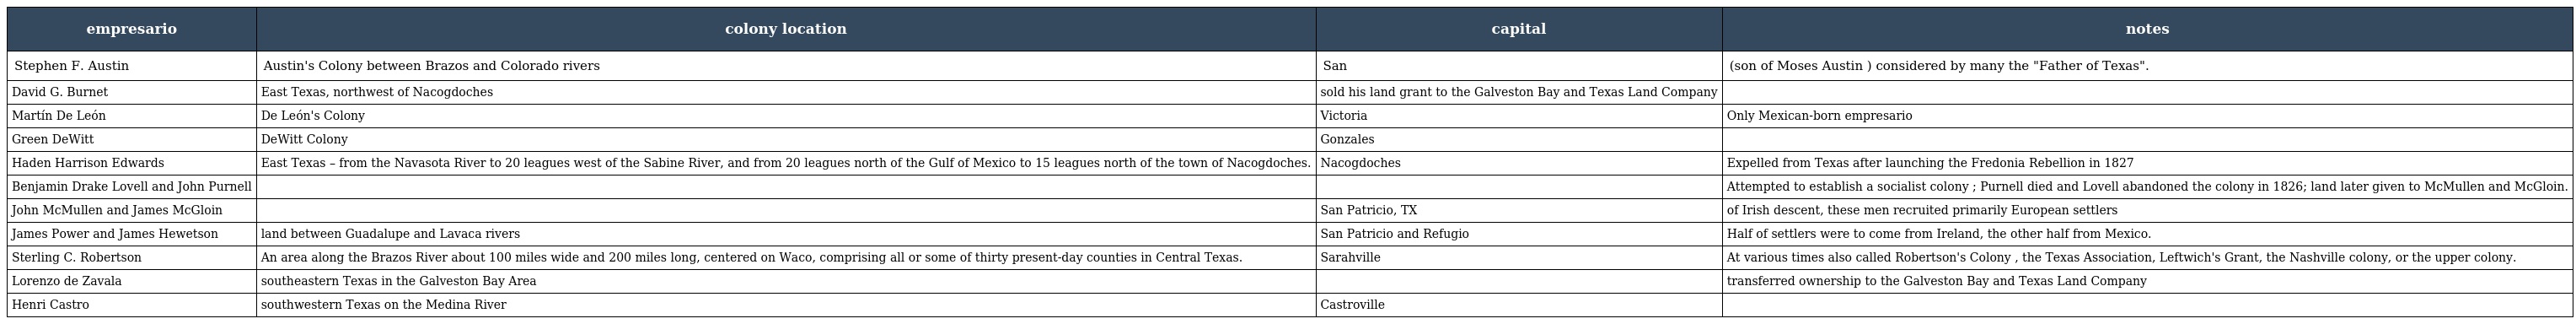
| empresario | colony location | capital | notes |
 | --- | --- | --- | --- |
 | Stephen F. Austin | Austin's Colony between Brazos and Colorado rivers | San | (son of Moses Austin ) considered by many the "Father of Texas". |
 | David G. Burnet | East Texas, northwest of Nacogdoches | sold his land grant to the Galveston Bay and Texas Land Company |  |
 | Martín De León | De León's Colony | Victoria | Only Mexican-born empresario |
 | Green DeWitt | DeWitt Colony | Gonzales |  |
 | Haden Harrison Edwards | East Texas – from the Navasota River to 20 leagues west of the Sabine River, and from 20 leagues north of the Gulf of Mexico to 15 leagues north of the town of Nacogdoches. | Nacogdoches | Expelled from Texas after launching the Fredonia Rebellion in 1827 |
 | Benjamin Drake Lovell and John Purnell |  |  | Attempted to establish a socialist colony ; Purnell died and Lovell abandoned the colony in 1826; land later given to McMullen and McGloin. |
 | John McMullen and James McGloin |  | San Patricio, TX | of Irish descent, these men recruited primarily European settlers |
 | James Power and James Hewetson | land between Guadalupe and Lavaca rivers | San Patricio and Refugio | Half of settlers were to come from Ireland, the other half from Mexico. |
 | Sterling C. Robertson | An area along the Brazos River about 100 miles wide and 200 miles long, centered on Waco, comprising all or some of thirty present-day counties in Central Texas. | Sarahville | At various times also called Robertson's Colony , the Texas Association, Leftwich's Grant, the Nashville colony, or the upper colony. |
 | Lorenzo de Zavala | southeastern Texas in the Galveston Bay Area |  | transferred ownership to the Galveston Bay and Texas Land Company |
 | Henri Castro | southwestern Texas on the Medina River | Castroville |  |